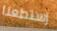
إستطعنا